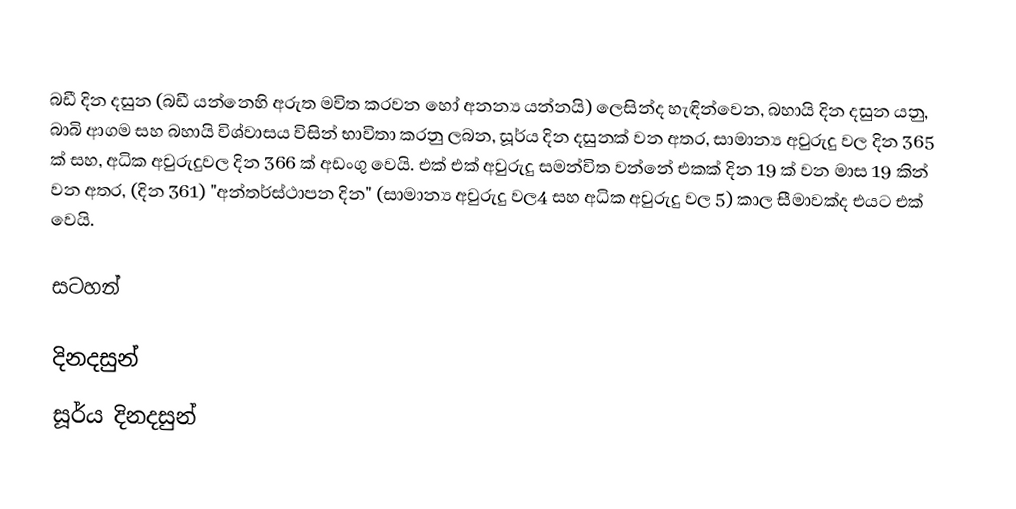
බඩී දින දසුන (බඩී යන්නෙහි අරුත මවිත කරවන හෝ අනන්‍ය යන්නයි) ලෙසින්ද හැඳින්වෙන, බහායි දින දසුන යනු,  බාබි ආගම සහ බහායි විශ්වාසය විසින් භාවිතා කරනු ලබන, සූර්ය දින දසුනක් වන අතර, සාමාන්‍ය අවුරුදු වල දින  365 ක් සහ, අධික අවුරුදුවල දින 366 ක් අඩංගු වෙයි. එක් එක් අවුරුදු සමන්විත වන්නේ  එකක් දින 19 ක් වන මාස 19 කින් වන අතර, (දින 361) "අන්තර්ස්ථාපන දින" (සාමාන්‍ය අවුරුදු වල4 සහ අධික අවුරුදු වල 5) කාල සීමාවක්ද එයට එක් වෙයි.

සටහන්

දිනදසුන්
සූර්ය දිනදසුන්